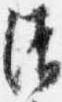
清